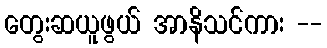
တွေးဆယူဖွယ် အာနိသင်ကား --